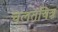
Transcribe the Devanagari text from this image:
चलतचित्र